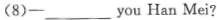
(8) —___ you Han Mei?